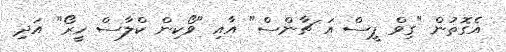
އެގޮތުން "ގިވް ޕީސް އަ ޗާންސް" އާއި "ވޯކިން ކްލާސް ހީރޯ" އަދި